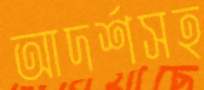
আদর্শসহ